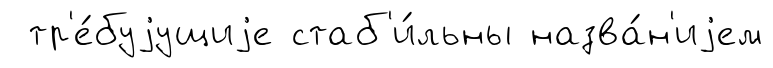
тр'е́буjущиjе стаб'и́льны назва́н'иjем